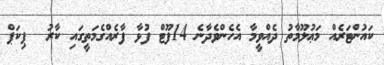
ކައުންޓަރެއް މަޢުލޫމާތު ދެއްވީމާ އެހެންވެދާނެ 14ފޫޓް ފުޅާ ފާރެއްގެމަތީގައި ކާރު  ޕިކަޕް